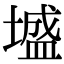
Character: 墭